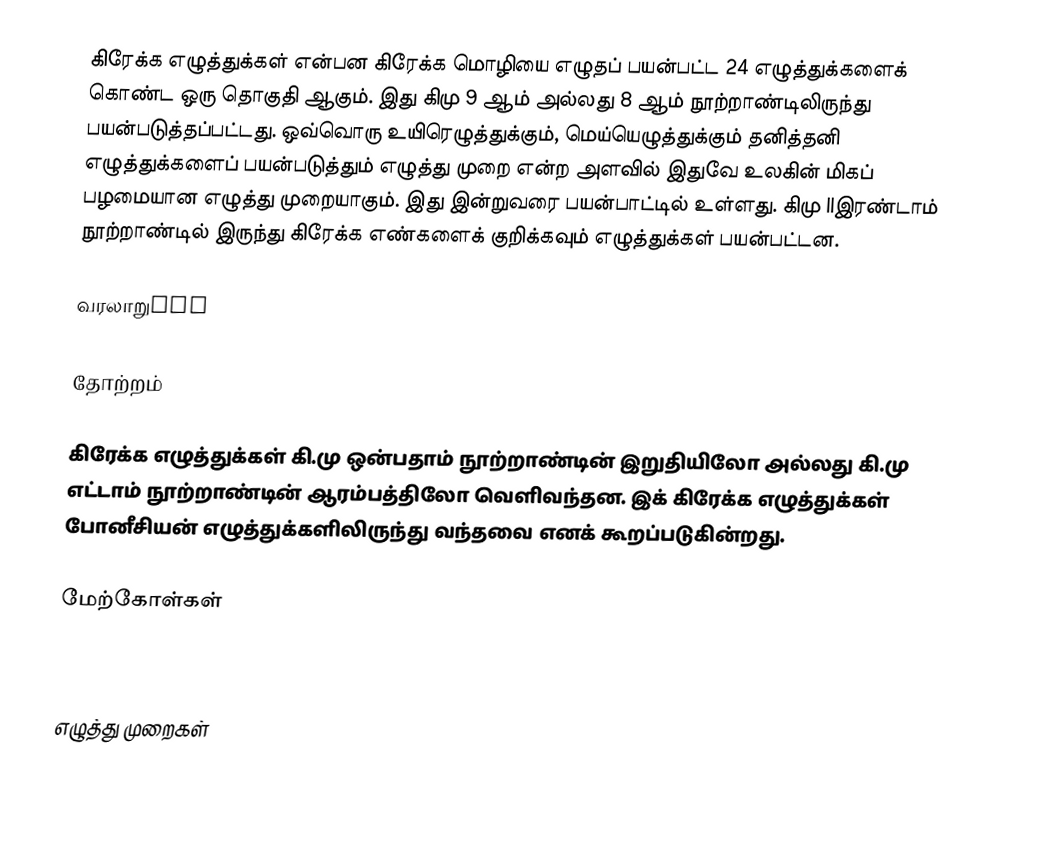
கிரேக்க எழுத்துக்கள் என்பன கிரேக்க மொழியை எழுதப் பயன்பட்ட 24 எழுத்துக்களைக் கொண்ட ஒரு தொகுதி ஆகும். இது கிமு 9 ஆம் அல்லது 8 ஆம் நூற்றாண்டிலிருந்து பயன்படுத்தப்பட்டது. ஒவ்வொரு உயிரெழுத்துக்கும், மெய்யெழுத்துக்கும் தனித்தனி எழுத்துக்களைப் பயன்படுத்தும் எழுத்து முறை என்ற அளவில் இதுவே உலகின் மிகப் பழமையான எழுத்து முறையாகும். இது இன்றுவரை பயன்பாட்டில் உள்ளது. கிமு llஇரண்டாம் நூற்றாண்டில் இருந்து கிரேக்க எண்களைக் குறிக்கவும் எழுத்துக்கள் பயன்பட்டன.

வரலாறுThe

தோற்றம்

கிரேக்க எழுத்துக்கள் கி.மு ஒன்பதாம் நூற்றாண்டின் இறுதியிலோ அல்லது கி.மு எட்டாம் நூற்றாண்டின் ஆரம்பத்திலோ வெளிவந்தன. இக் கிரேக்க எழுத்துக்கள் போனீசியன் எழுத்துக்களிலிருந்து வந்தவை எனக் கூறப்படுகின்றது.

மேற்கோள்கள்

 U0370.pdf  I

எழுத்து முறைகள்